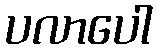
ပလာပေါ